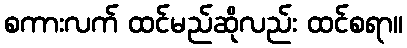
စကားလက် ထင်မည်ဆိုလည်း ထင်စရာ။